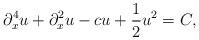
LaTeX: \begin{align*}\partial_x^4 u + \partial_x^2 u - cu + \frac12 u^2 = C,\end{align*}